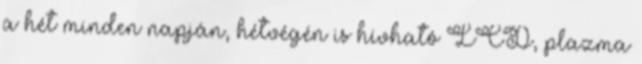
a hét minden napján, hétvégén is hívható LCD, plazma